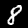
Label: 8